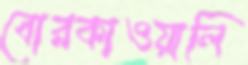
বোরকাওয়ালি